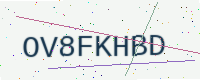
Text: OV8FKHBD